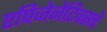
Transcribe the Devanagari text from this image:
एपिजेनेटिक्सचे